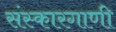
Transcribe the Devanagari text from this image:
संस्कारगाणी